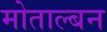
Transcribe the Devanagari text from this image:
मोताल्बन